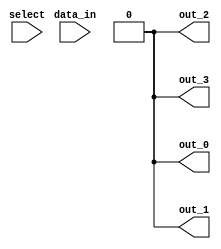
module demux_1to4 (
    input wire [1:0] select,
    input wire data_in,
    output reg out_0,
    output reg out_1,
    output reg out_2,
    output reg out_3
);

reg [3:0] decoder_out;

// Binary decoder
assign decoder_out = 4'b0;
always @(*) begin
    case(select)
        2'b00: decoder_out = 4'b0001; // select output 0
        2'b01: decoder_out = 4'b0010; // select output 1
        2'b10: decoder_out = 4'b0100; // select output 2
        2'b11: decoder_out = 4'b1000; // select output 3
    endcase
end

// AND gates
always @(data_in or decoder_out) begin
    out_0 = data_in & decoder_out[0];
    out_1 = data_in & decoder_out[1];
    out_2 = data_in & decoder_out[2];
    out_3 = data_in & decoder_out[3];
end

endmodule